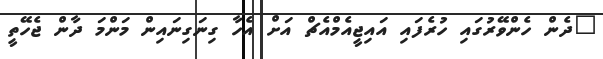
"ދެން ހެންވޭރުގައި ހުރެފައި އައިޖީއެމްއެޗް އަށް އެހާ ގިނަގިނައިން މަންމަ ދާން ޖެހޭތީ